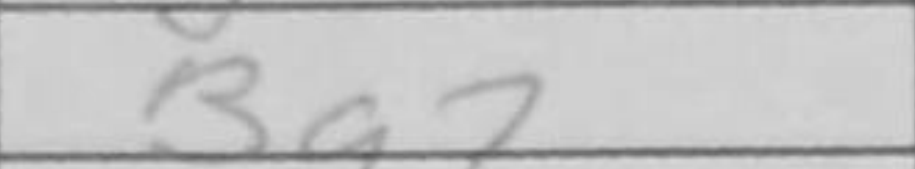
Transcription: Bg7